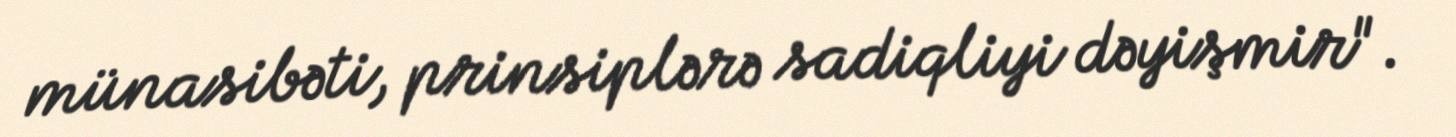
münasibəti, prinsiplərə sadiqliyi dəyişmir".